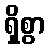
ရှိစွာ